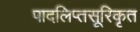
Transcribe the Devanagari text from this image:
पादलिप्तसूरिकृत